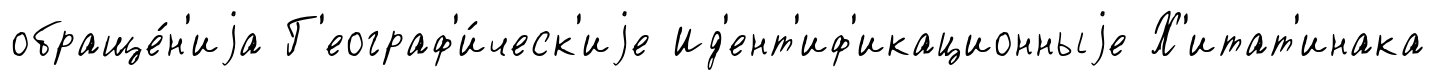
обраще́н'иjа Г'еограф'и́ческ'иjе Ид'ент'иф'икационныjе Х'итат'инака